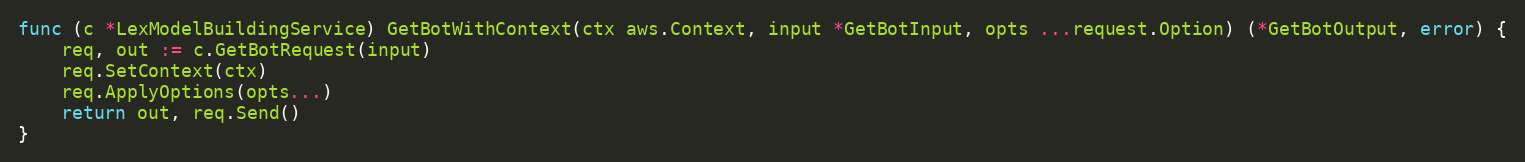
Language: Go
func (c *LexModelBuildingService) GetBotWithContext(ctx aws.Context, input *GetBotInput, opts ...request.Option) (*GetBotOutput, error) {
	req, out := c.GetBotRequest(input)
	req.SetContext(ctx)
	req.ApplyOptions(opts...)
	return out, req.Send()
}